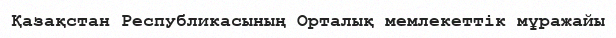
Қазақстан Республикасының Орталық мемлекеттік мұражайы